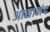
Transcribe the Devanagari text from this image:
आसानंद